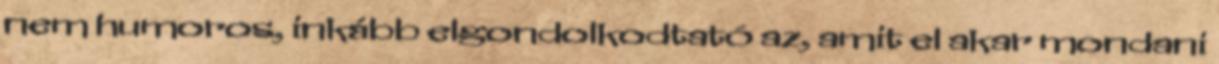
nem humoros, inkább elgondolkodtató az, amit el akar mondani